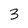
Character: 3